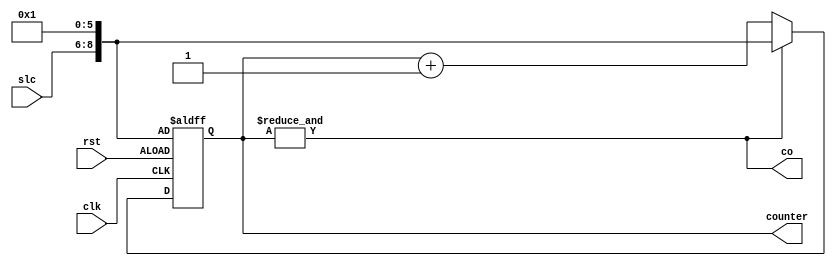
module FreqSelector #(parameter N = 9)
                     (slc, clk, rst, counter, co);
    
    input [2:0] slc;
    output reg [N-1:0] counter;
    input  clk, rst;
    output co;
    always @(posedge rst , posedge clk) begin
        if (rst)
            counter = {slc, 6'b1}; // fixed value
        else if (co)
            counter = {slc, 6'b1};
        else 
            counter = counter + 1;
    end
	 assign co = &counter;
    
endmodule